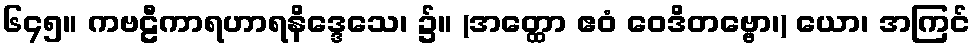
၆၄၅။ ကဗဠီကာရဟာရနိဒ္ဒေသေ၊ ၌။ (အတ္ထော ဧဝံ ဝေဒိတဗ္ဗော၊) ယော၊ အကြင်